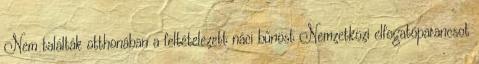
Nem találták otthonában a feltételezett náci bűnöst Nemzetközi elfogatóparancsot